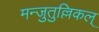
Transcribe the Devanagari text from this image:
मन्जुतुल्लिकल्